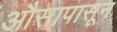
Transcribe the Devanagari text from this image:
औसापासून